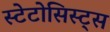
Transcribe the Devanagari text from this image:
स्टेटोसिस्ट्स